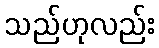
သည်ဟုလည်း